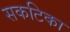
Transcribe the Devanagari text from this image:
सकटिका